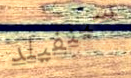
سينفيلد